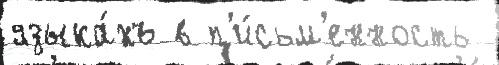
языка́хъ в п'и́сьм'енность